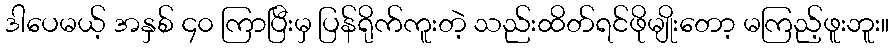
ဒါပေမယ့် အနှစ် ၄၀ ကြာပြီးမှ ပြန်ရိုက်ကူးတဲ့ သည်းထိတ်ရင်ဖိုမျိုးတော့ မကြည့်ဖူးဘူး။